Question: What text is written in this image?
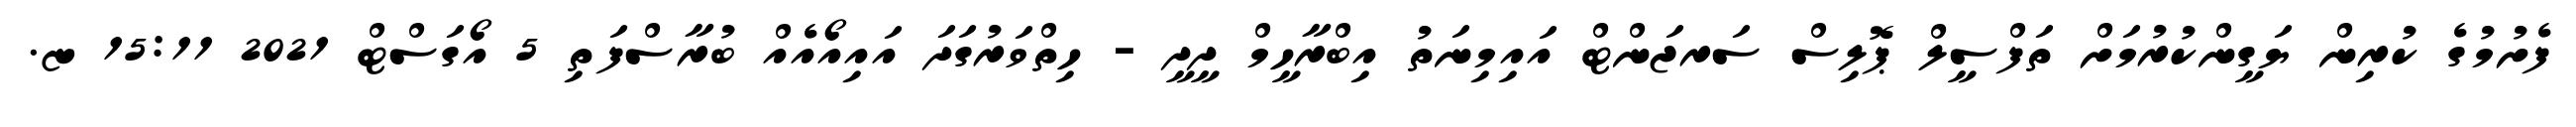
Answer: ފެށުމުގެ ކުރިން ޔަގީންކުރުމަށް ތަފްސީލް ޕޮލިސް ސަރޖަންޓް އައިމިނަތު އިބްރާހީމް ދީދީ - ހިތްވަރުގަދަ އައިއޯއެއް ބުރާސްފަތި 5 އޯގަސްޓް 2021 15:11 ޏ.